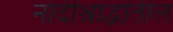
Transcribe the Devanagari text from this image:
नांदीश्राद्धांतील